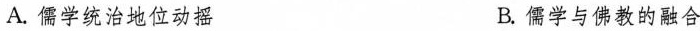
A.儒学统治地位动摇 B.儒学与佛教的融合